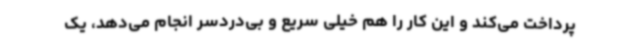
پرداخت می‌کند و این کار را هم خیلی سریع و بی‌دردسر انجام می‌دهد، یک